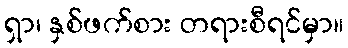
ရှာ၊ နှစ်ဖက်စား တရားစီရင်မှာ။